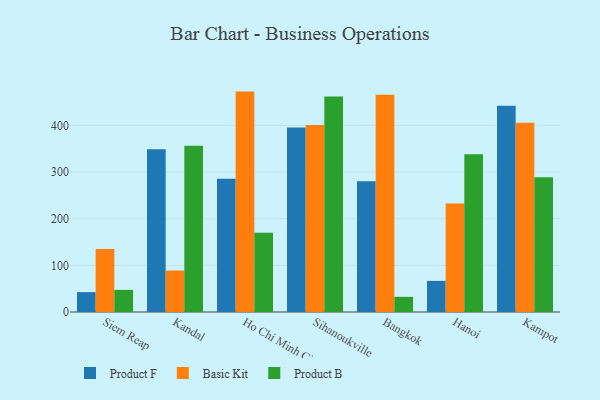
{"axis": {"x": "City", "y": "Budget (USD K)"}, "legend": ["Basic Kit", "Product B", "Product F"], "data": [{"x": "Siem Reap", "y": 42.6, "type": "Product F"}, {"x": "Siem Reap", "y": 135.1, "type": "Basic Kit"}, {"x": "Siem Reap", "y": 47.4, "type": "Product B"}, {"x": "Kandal", "y": 349.1, "type": "Product F"}, {"x": "Kandal", "y": 88.8, "type": "Basic Kit"}, {"x": "Kandal", "y": 356.6, "type": "Product B"}, {"x": "Ho Chi Minh City", "y": 285.6, "type": "Product F"}, {"x": "Ho Chi Minh City", "y": 472.4, "type": "Basic Kit"}, {"x": "Ho Chi Minh City", "y": 169.6, "type": "Product B"}, {"x": "Sihanoukville", "y": 395.4, "type": "Product F"}, {"x": "Sihanoukville", "y": 401.0, "type": "Basic Kit"}, {"x": "Sihanoukville", "y": 461.8, "type": "Product B"}, {"x": "Bangkok", "y": 280.0, "type": "Product F"}, {"x": "Bangkok", "y": 465.5, "type": "Basic Kit"}, {"x": "Bangkok", "y": 32.5, "type": "Product B"}, {"x": "Hanoi", "y": 66.7, "type": "Product F"}, {"x": "Hanoi", "y": 232.4, "type": "Basic Kit"}, {"x": "Hanoi", "y": 338.3, "type": "Product B"}, {"x": "Kampot", "y": 441.9, "type": "Product F"}, {"x": "Kampot", "y": 405.5, "type": "Basic Kit"}, {"x": "Kampot", "y": 288.8, "type": "Product B"}]}